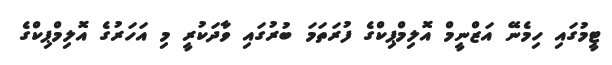
ޓީމުގައި ހިމެނޭ އަޒްނީމް އޮލިމްޕިކްގެ ފުރަތަމަ ބުރުގައި ވާދަކުރީ މި އަހަރުގެ އޮލިމްޕިކްގެ